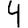
Digit: 4